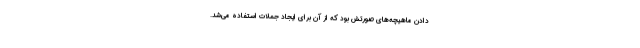
دادن ماهیچه‌های صورتش بود که از آن برای ایجاد جملات استفاده می‌شد.